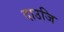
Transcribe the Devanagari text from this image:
दाउजि